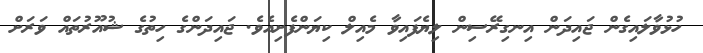
ހުޅުވާލައިގެން ޖައިދަން އިނގިރޭސިން ލިޔެފައިވާ މެއިލް ކިޔަންފެށިއެވެ. ޖައިދަންގެ ހިތުގެ ޝުއޫރުތައް ވަރަށް